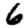
Digit: 6